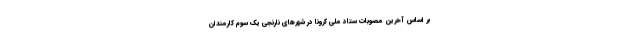
بر اساس آخرین مصوبات ستاد ملی کرونا در شهرهای نارنجی یک سوم کارمندان